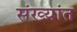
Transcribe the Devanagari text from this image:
संख्यांत